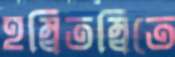
হম্বিতম্বিতে